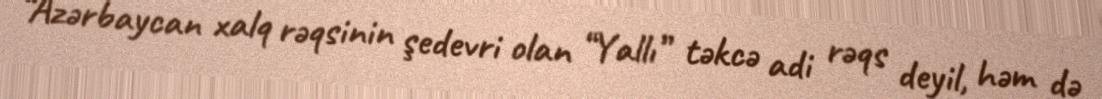
“Azərbaycan xalq rəqsinin şedevri olan “Yallı” təkcə adi rəqs deyil, həm də